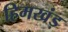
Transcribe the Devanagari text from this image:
हिमखंड़